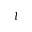
l